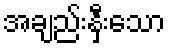
အချည်းနှီးသော